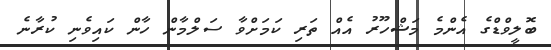
ބޮލީވްޑްގެ އެންމެ މަޝްހޫރު އެއް ތަރި ކަމަށްވާ ސަލްމާން ހާން ކައިވެނި ކުރާނެ